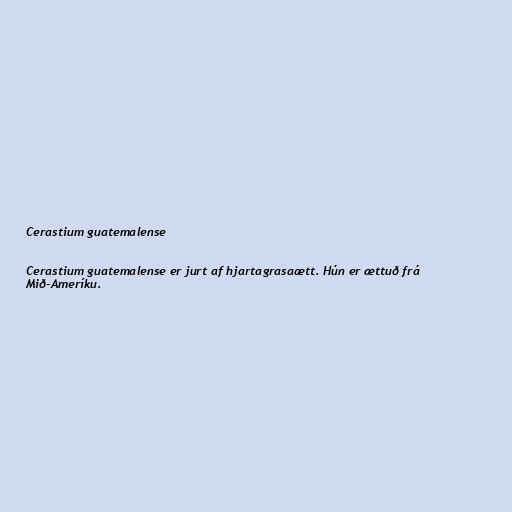
Cerastium guatemalense

Cerastium guatemalense er jurt af hjartagrasaætt. Hún er ættuð frá
Mið-Ameríku.